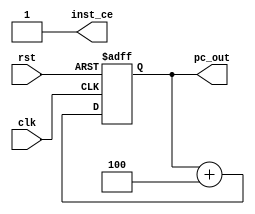
`timescale 1ns / 1ps
//////////////////////////////////////////////////////////////////////////////////
// Company: 
// Engineer: 
// 
// Design Name: 
// Module Name: pc
// Project Name: 
// Target Devices: 
// Tool Versions: 
// Description: 
// 
// Dependencies: 
// 
// Revision:
// Revision 0.01 - File Created
// Additional Comments:
// 
//////////////////////////////////////////////////////////////////////////////////

module pc(
	input clk,
	input rst,
	output reg [31:0] pc_out, 
	output reg inst_ce
	);
	
	initial begin
		inst_ce = 1'b1;
	end

	always @(posedge clk or posedge rst) begin
		if (rst) begin
			pc_out <= 32'b0;
		end
		else begin
			pc_out <= pc_out + 32'h4; // add
		end
	end
endmodule